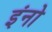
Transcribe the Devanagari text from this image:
इंनो